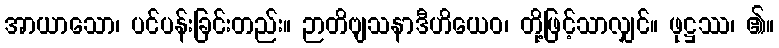
အာယာသော၊ ပင်ပန်းခြင်းတည်း။ ဉာတိဗျသနာဒီဟိယေဝ၊ တို့ဖြင့်သာလျှင်။ ဖုဋ္ဌဿ၊ ၏။